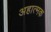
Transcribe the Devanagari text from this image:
अहात्मक